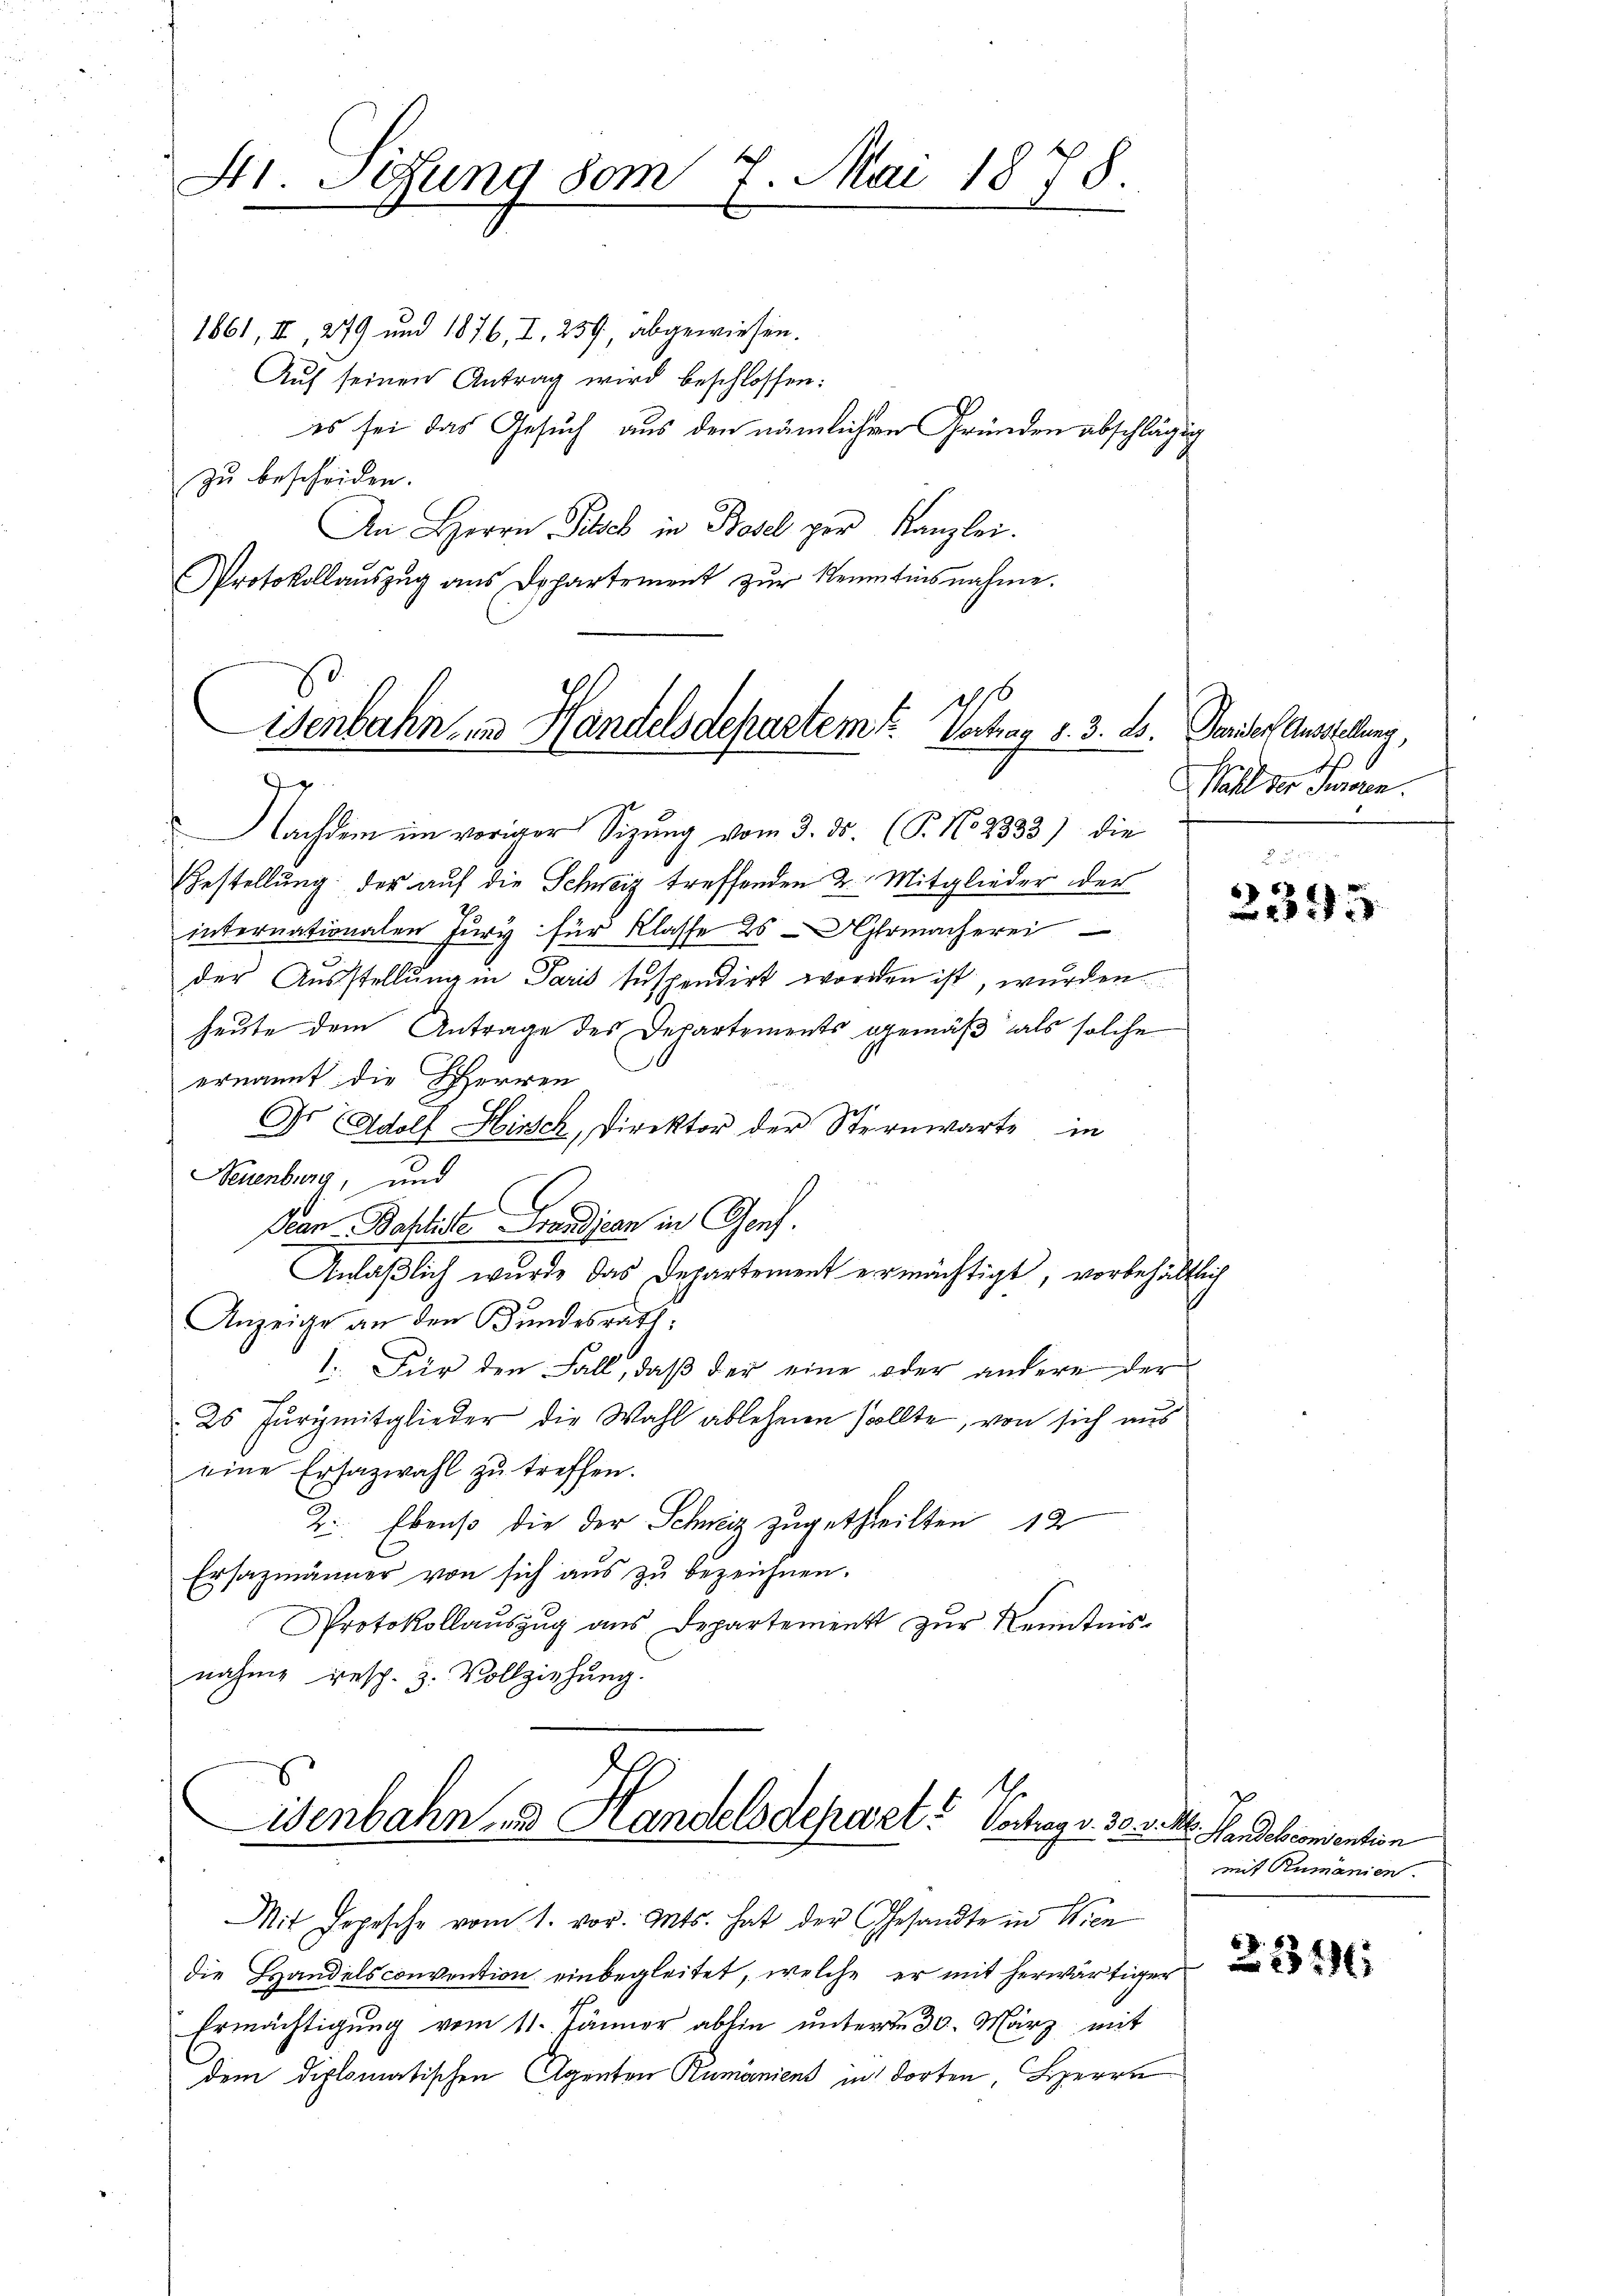
Str. Sitzung vom 7. Mai 1878.
E

1861, II, 279 und 1876, I., 239, abgewiesen.
Auf seinen Antrag wird beschlossen:
es sei das Gesuch aus den nämlichen Gründen abschlägig
zu bescheiden.
An Herrn Sie in Basel per Kanzlei.
Protokollauszug aus Departement zŭr Kenntnisnahme.

iss
isenbahn in Handelsdepartem Vertrag d. 3. ds. Pariser Ausstellung,
g

Nachdem im voriger Sitzung vom 3. ds. (T. No 2333) die
Gestellung des auf die Schweiz treffenden 2. Mitglieder der
internationalen Jury für Klasse 25 Uhrmacherei
der Ausstellung in Paris suspendirt worden ist, wurden
heute dem Antrage des Departements gemäß als solche
ernannt die HHerren Do
Gr Adolf Hirsch, Direktor der Sternwarte in
Neuenburg, und
Pan-Baptiste Freudicen in Genf.
Anläßlich wurde das Departement ermächtigt, vorbehältlich
Anzeige an den Bundesrath,
1. Für den Fall, daß der eine oder andere der
2s Furggmitglieder die Wahl ablehnen sollte, von sich aus
eine Ersazwahl zŭ treffen.
2. Ebenso die der Schweiz zugetheilten 12
Ersazmänner von sich aus zu bezeichnen.
Protokollaŭszŭg ans Departement zŭr Kenntnis-
nahme resp. 3. Vollziehung.

Eisenbahn, Handelsdefarzt. Vortrag v. 30. v. M. Pandel consention

Mit Jepesche vom 1. vor. Mts. hat der Gesandte in Wien
die Handelsconvention einbegleitet, welche er mit herwärtiger
Ermächtigung vom 11. Jänner ablie unterm 30. März mit
dem diplomatischen Agenten Rumäniens in dorten, Herrn

Mall der Frauen.

6

mit Rumänien.

23196